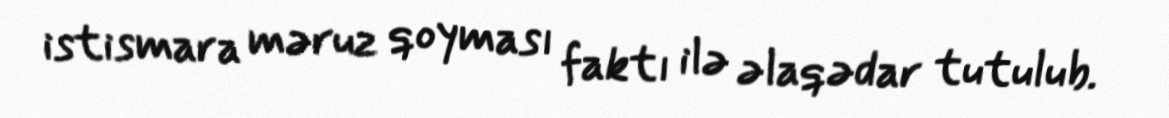
istismara məruz qoyması faktı ilə əlaqədar tutulub.